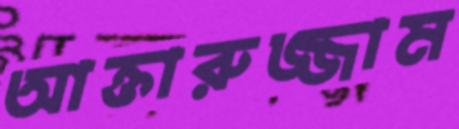
আক্তারুজ্জাম